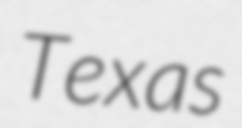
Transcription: Texas